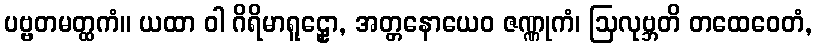
ပဗ္ဗတမတ္ထကံ။ ယထာ ဝါ ဂိရိမာရူဠှော, အတ္တနောယေဝ ဇဏ္ဏုကံ၊ ဩလုဗ္ဘတိ တထေဝေတံ,